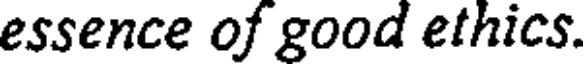
essence of good ethics.